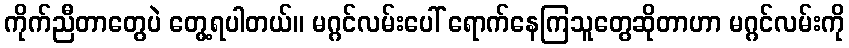
ကိုက်ညီတာတွေပဲ တွေ့ရပါတယ်။ မဂ္ဂင်လမ်းပေါ် ရောက်နေကြသူတွေဆိုတာဟာ မဂ္ဂင်လမ်းကို